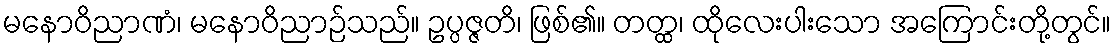
မနောဝိညာဏံ၊ မနောဝိညာဉ်သည်။ ဥပ္ပဇ္ဇတိ၊ ဖြစ်၏။ တတ္ထ၊ ထိုလေးပါးသော အကြောင်းတို့တွင်။